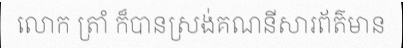
លោក ត្រាំ ក៏បានស្រង់គណនីសារព័ត៌មាន